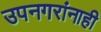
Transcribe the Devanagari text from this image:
उपनगरांनाही